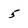
Character: 5